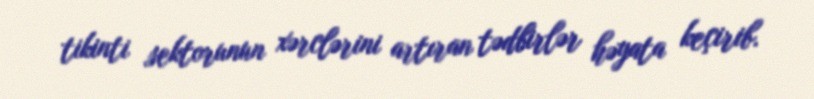
tikinti sektorunun xərclərini artıran tədbirlər həyata keçirib.